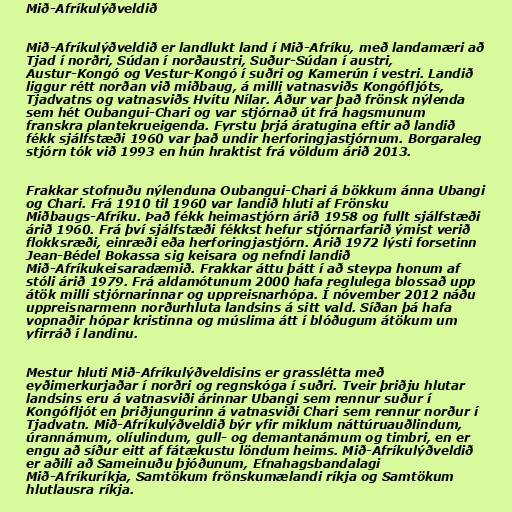
Mið-Afríkulýðveldið

Mið-Afríkulýðveldið er landlukt land í Mið-Afríku, með landamæri að
Tjad í norðri, Súdan í norðaustri, Suður-Súdan í austri,
Austur-Kongó og Vestur-Kongó í suðri og Kamerún í vestri. Landið
liggur rétt norðan við miðbaug, á milli vatnasviðs Kongófljóts,
Tjadvatns og vatnasviðs Hvítu Nílar. Áður var það frönsk nýlenda
sem hét Oubangui-Chari og var stjórnað út frá hagsmunum
franskra plantekrueigenda. Fyrstu þrjá áratugina eftir að landið
fékk sjálfstæði 1960 var það undir herforingjastjórnum. Borgaraleg
stjórn tók við 1993 en hún hraktist frá völdum árið 2013.

Frakkar stofnuðu nýlenduna Oubangui-Chari á bökkum ánna Ubangi
og Chari. Frá 1910 til 1960 var landið hluti af Frönsku
Miðbaugs-Afríku. Það fékk heimastjórn árið 1958 og fullt sjálfstæði
árið 1960. Frá því sjálfstæði fékkst hefur stjórnarfarið ýmist verið
flokksræði, einræði eða herforingjastjórn. Árið 1972 lýsti forsetinn
Jean-Bédel Bokassa sig keisara og nefndi landið
Mið-Afríkukeisaradæmið. Frakkar áttu þátt í að steypa honum af
stóli árið 1979. Frá aldamótunum 2000 hafa reglulega blossað upp
átök milli stjórnarinnar og uppreisnarhópa. Í nóvember 2012 náðu
uppreisnarmenn norðurhluta landsins á sitt vald. Síðan þá hafa
vopnaðir hópar kristinna og múslima átt í blóðugum átökum um
yfirráð í landinu.

Mestur hluti Mið-Afríkulýðveldisins er grasslétta með
eyðimerkurjaðar í norðri og regnskóga í suðri. Tveir þriðju hlutar
landsins eru á vatnasviði árinnar Ubangi sem rennur suður í
Kongófljót en þriðjungurinn á vatnasviði Chari sem rennur norður í
Tjadvatn. Mið-Afríkulýðveldið býr yfir miklum náttúruauðlindum,
úrannámum, olíulindum, gull- og demantanámum og timbri, en er
engu að síður eitt af fátækustu löndum heims. Mið-Afríkulýðveldið
er aðili að Sameinuðu þjóðunum, Efnahagsbandalagi
Mið-Afríkuríkja, Samtökum frönskumælandi ríkja og Samtökum
hlutlausra ríkja.